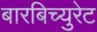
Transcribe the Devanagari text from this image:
बारबिच्युरेट